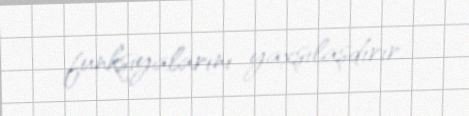
funksiyalarını yaxşılaşdırır.